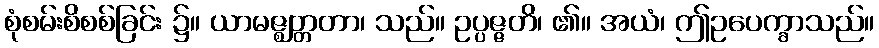
စုံစမ်းစိစစ်ခြင်း ၌။ ယာမဇ္ဈတ္တတာ၊ သည်။ ဥပ္ပဇ္ဇတိ၊ ၏။ အယံ၊ ဤဥပေက္ခာသည်။